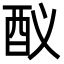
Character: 𨟳